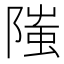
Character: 䧝